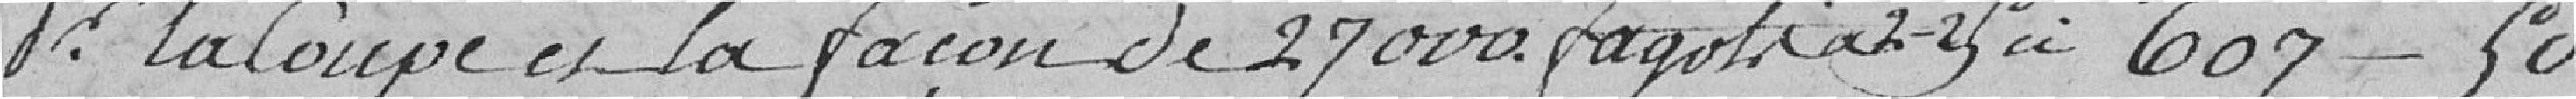
Pour la coupe et la façon de 27